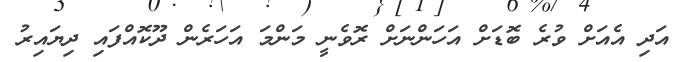
އަދި އެއަށް ވުރެ ބޮޑަށް އަހަންނަށް ރޮވެނީ މަންމަ އަހަރެން ދޫކޮއްފައި ދިޔައިރު